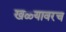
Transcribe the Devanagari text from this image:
खळ्यावरच